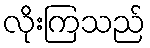
လိုးကြသည်